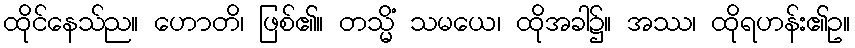
ထိုင်နေသ်ည။ ဟောတိ၊ ဖြစ်၏။ တသ္မိံ သမယေ၊ ထိုအခါ၌။ အဿ၊ ထိုရဟန်း၏ဥ။